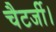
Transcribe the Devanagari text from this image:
चैटर्जी।